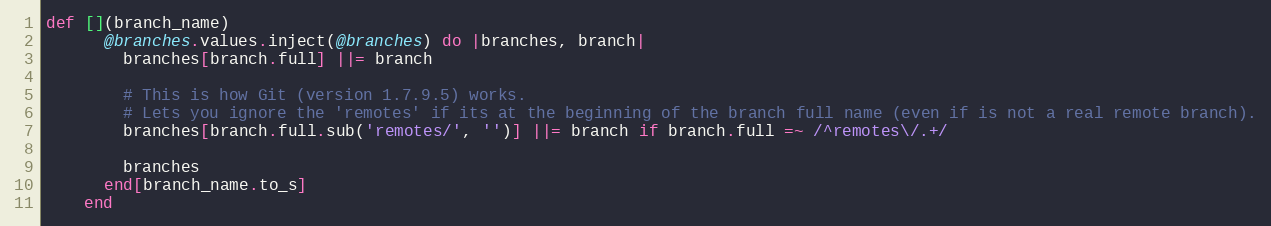
Language: Ruby
def [](branch_name)
      @branches.values.inject(@branches) do |branches, branch|
        branches[branch.full] ||= branch

        # This is how Git (version 1.7.9.5) works.
        # Lets you ignore the 'remotes' if its at the beginning of the branch full name (even if is not a real remote branch).
        branches[branch.full.sub('remotes/', '')] ||= branch if branch.full =~ /^remotes\/.+/

        branches
      end[branch_name.to_s]
    end